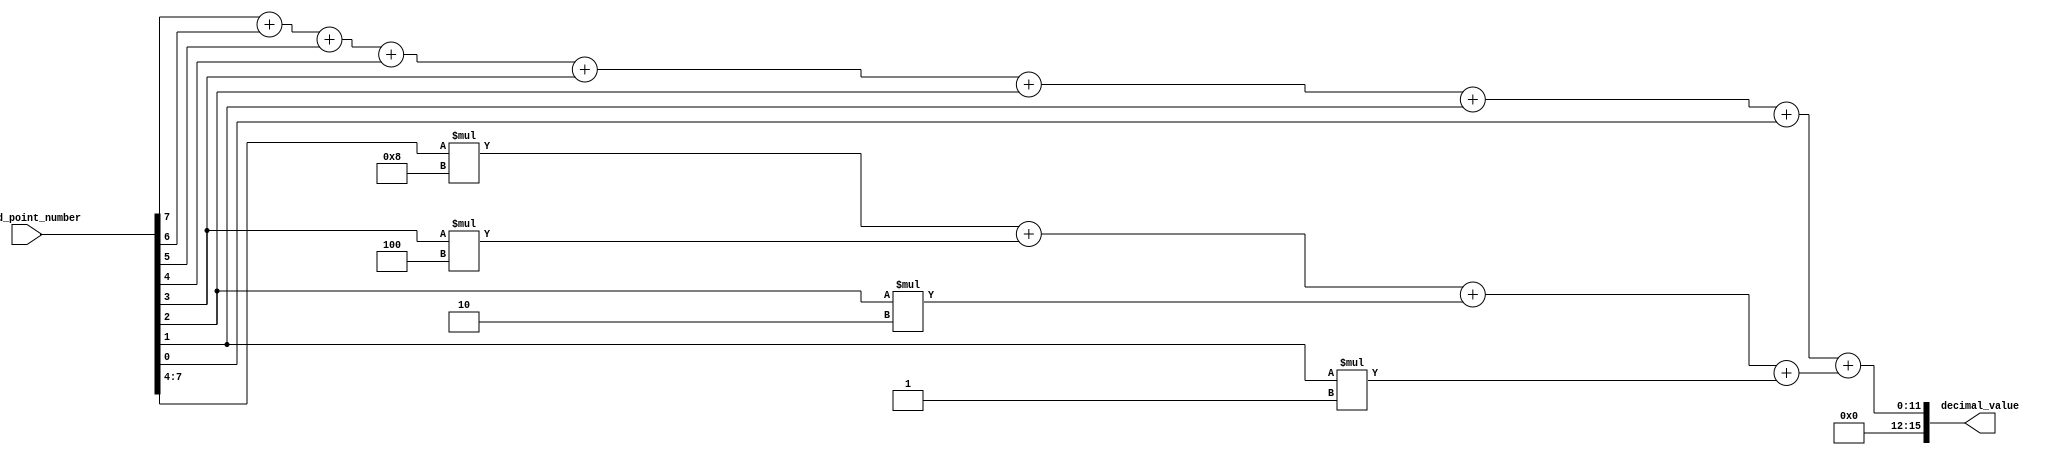
module fixed_point_converter (
    input wire [7:0] fixed_point_number, // 8-bit input fixed-point number
    output reg [15:0] decimal_value // 16-bit output decimal value
);

// Internal signals and registers for arithmetic operations
reg [3:0] integer_component;
reg [11:0] fractional_component;

// Extract integer component by summing binary digits in integer portion
always @(*) begin
    integer_component = fixed_point_number[7] + fixed_point_number[6] + fixed_point_number[5] + fixed_point_number[4] +
                        fixed_point_number[3] + fixed_point_number[2] + fixed_point_number[1] + fixed_point_number[0];
end

// Extract fractional component by multiplying binary digits in fractional portion by weights
always @(*) begin
    fractional_component = (fixed_point_number[7:4] * 8) + (fixed_point_number[3] * 4) + (fixed_point_number[2] * 2) + (fixed_point_number[1] * 1);
end

// Calculate final decimal value by adding integer and fractional components
always @(*) begin
    decimal_value = integer_component + fractional_component;
end

endmodule